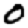
Digit: 0